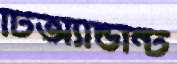
টিঅ্যান্ডন্টি